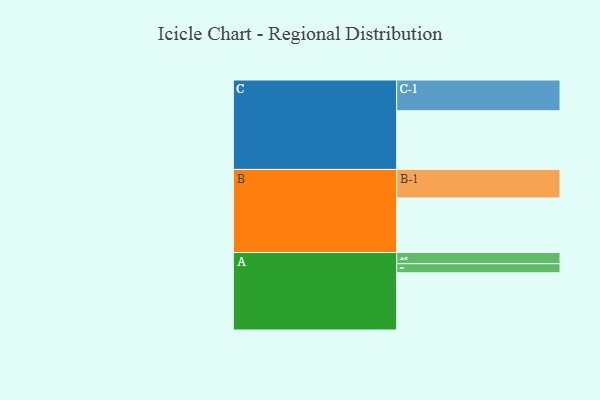
{"axis": {"x": "Segment", "y": "Value"}, "legend": ["", "A", "B", "C"], "data": [{"x": "A", "y": 406, "type": ""}, {"x": "B", "y": 387, "type": ""}, {"x": "C", "y": 416, "type": ""}, {"x": "A-1", "y": 64, "type": "A"}, {"x": "A-2", "y": 79, "type": "A"}, {"x": "B-1", "y": 202, "type": "B"}, {"x": "C-1", "y": 218, "type": "C"}]}